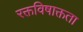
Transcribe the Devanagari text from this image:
रक्तविषाक्तता